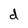
Character: d